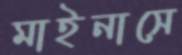
মাইনাসে